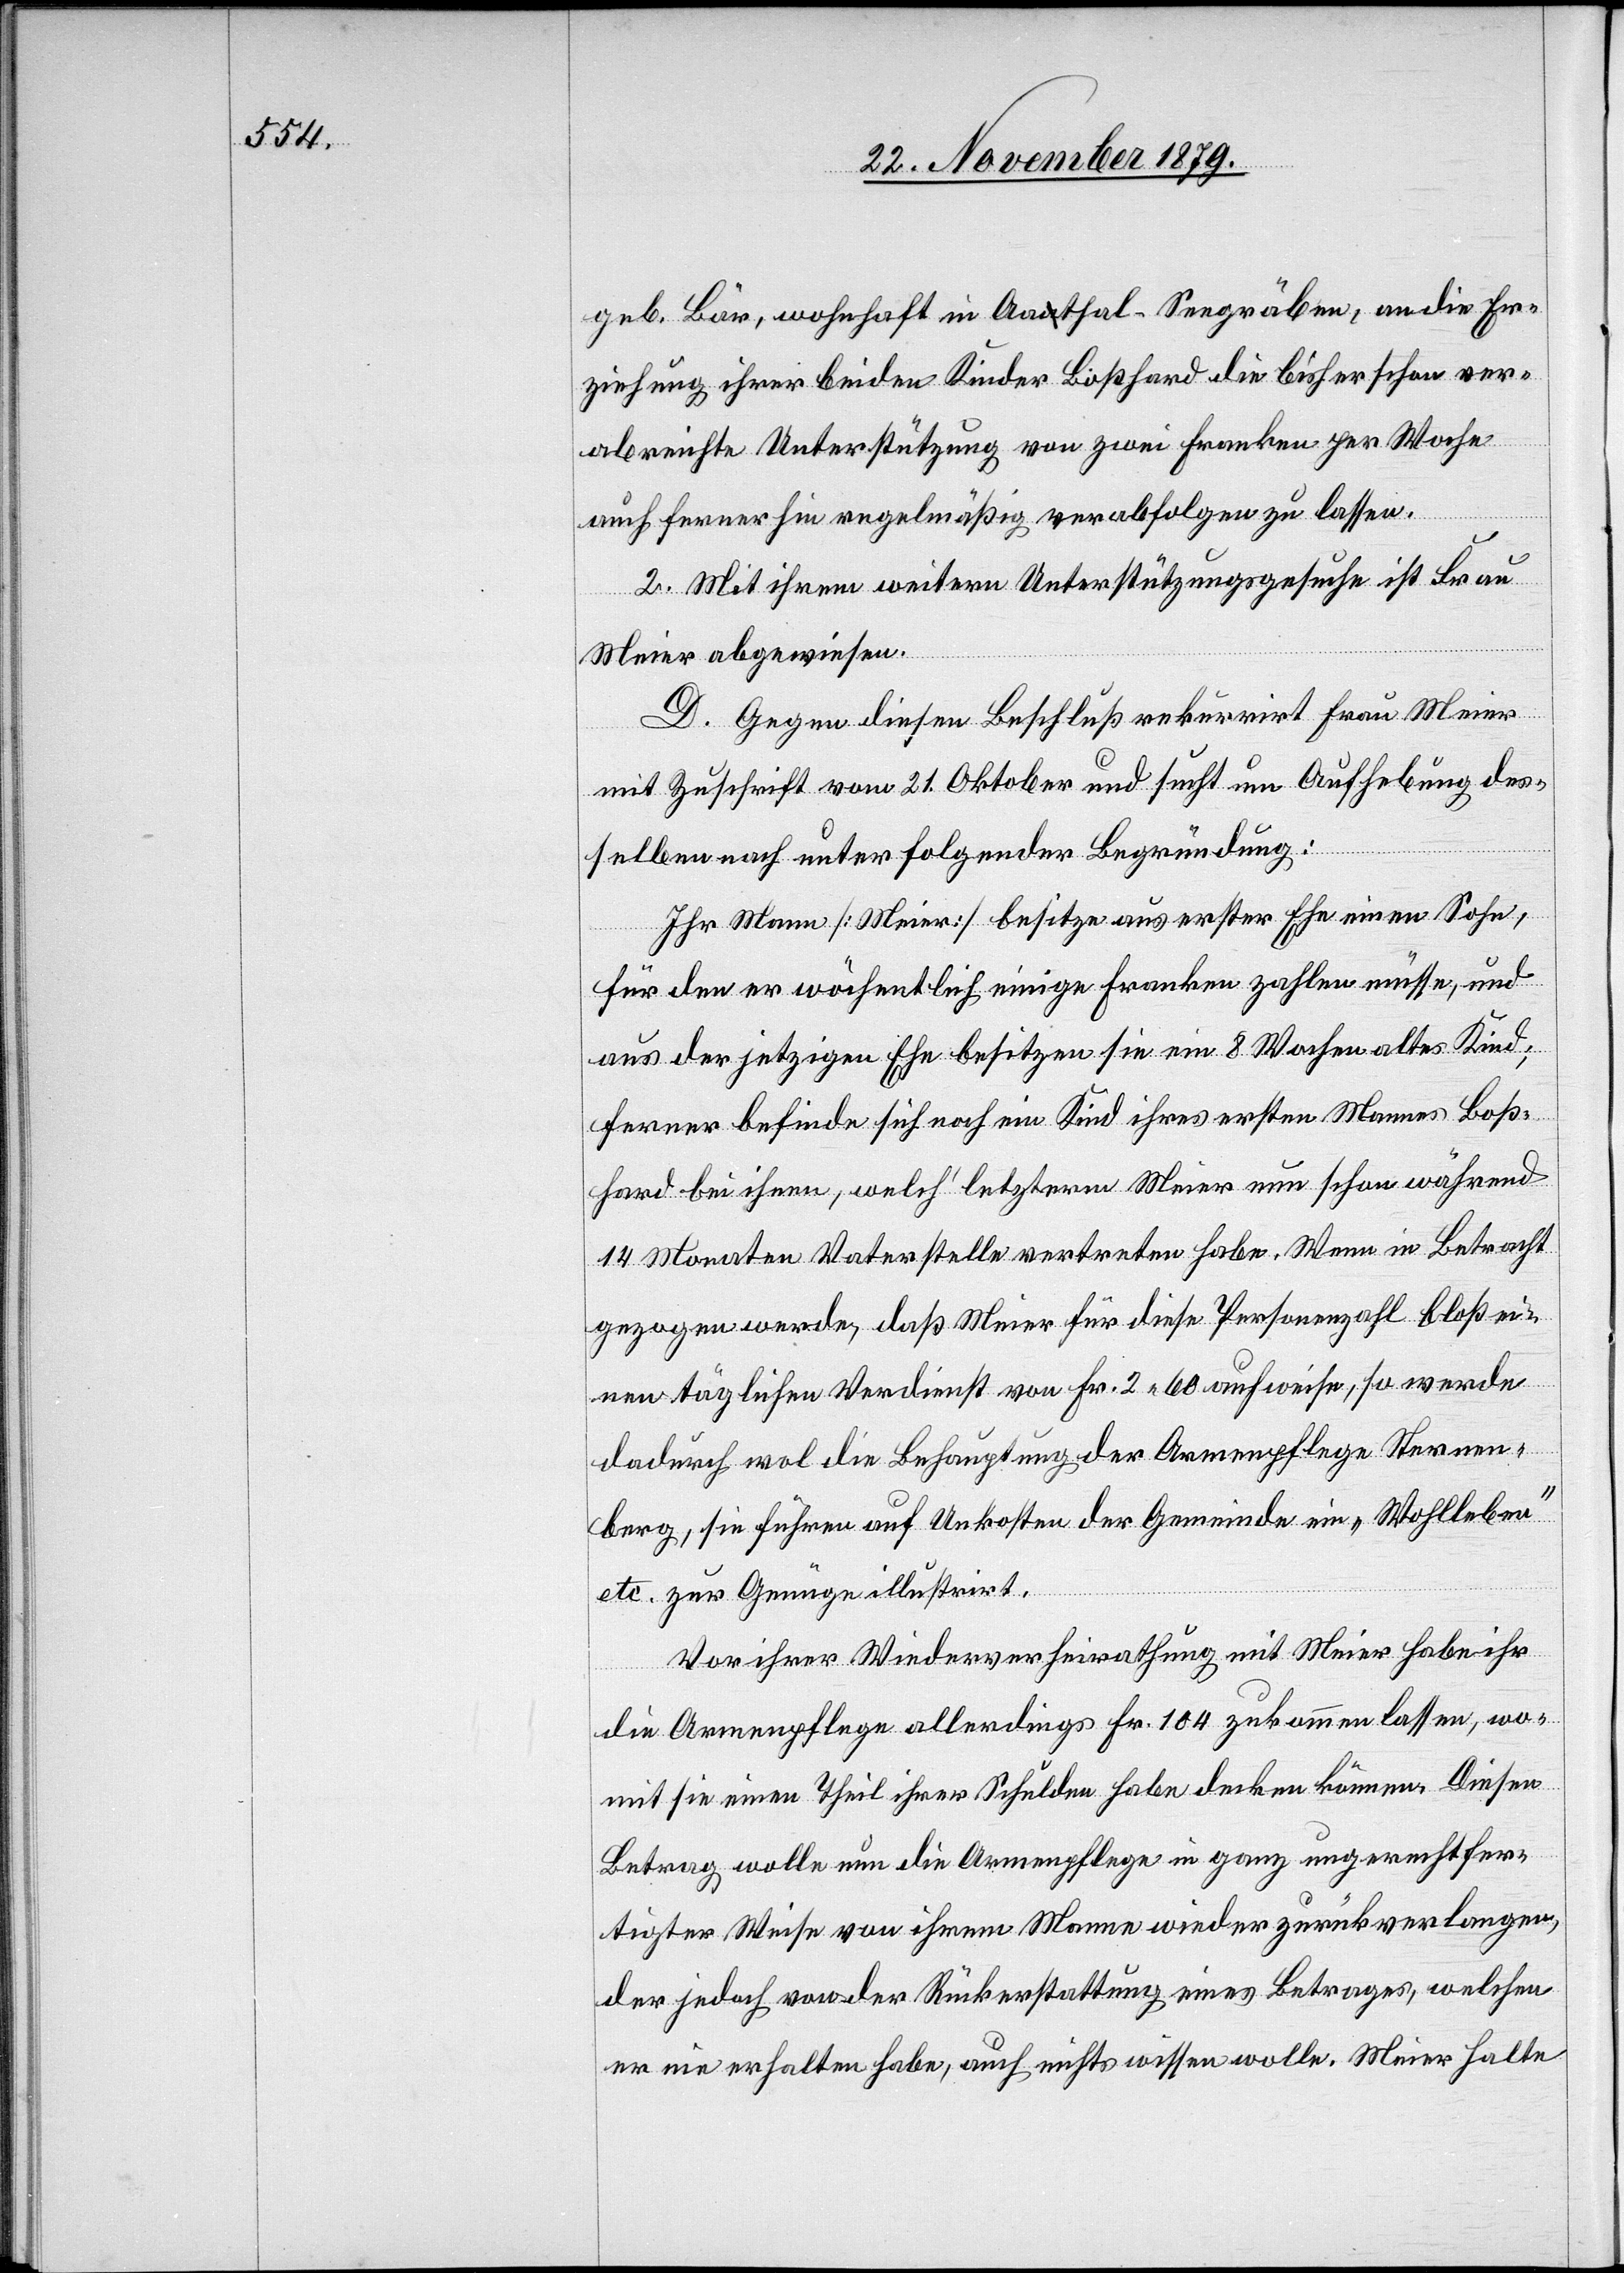
geb. Bär, wohnhaft in Aathal - Seegräben, an die Er¬
ziehung ihrer beiden Kinder Boßhard die bisher schon ver¬
abreichte Unterstützung von zwei Franken per Woche
auch ferner hin regelmäßig verabfolgen zu lassen.
2. Mit ihrem weitern Unterstützungsgesuche ist Frau
Meier abgewiesen.
D. Gegen diesen Beschluß rekurrirt Frau Meier
mit Zuschrift vom 21. Oktober und sucht um Aufhebung des¬
selben nach unter folgender Begründung:
Ihr Mann [Meier] besitze aus erster Ehe einen Sohn
für den er wöchentlich einige Franken zahlen müsse, und
aus der jetzigen Ehe besitzen sie ein 8 Wochen altes Kind;
ferner befinde sich noch ein Kind ihres ersten Mannes Boß¬
hard bei ihnen, welch’ letzterm Meier nun schon während
14 Monaten Vaterstelle vertreten habe. Wenn in Betracht
gezogen werde, daß Meier für diese Personenzahl bloß ei¬
nen täglichen Verdienst von Fr. 2 60 aufweise, so werde
dadurch wol die Behauptung der Armenpflege Sternen¬
berg, sie führen auf Unkosten der Gemeinde ein „Wohlleben“
etc. zu Genügen illustrirt.
Vor ihrer Wiederverheirathung mit Meier habe ihr
die Armenpflege allerdings Fr. 104 zukommen lassen, wo¬
mit sie einen Theil ihrer Schulden habe decken können. Diesen
Betrag wolle nun die Armenpflege in ganz ungerechtfer¬
tigter Weise von ihrem Manne wieder zurückverlangen,
der jedoch von der Rückerstattung eines Betrages, welchen
er nie erhalten habe, auch nichts wissen wolle. Meier halte